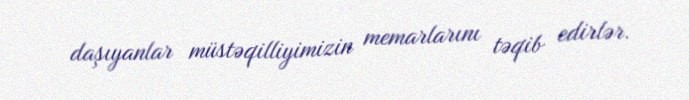
daşıyanlar müstəqilliyimizin memarlarını təqib edirlər.